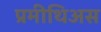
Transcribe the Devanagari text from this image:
प्रमीथिअस